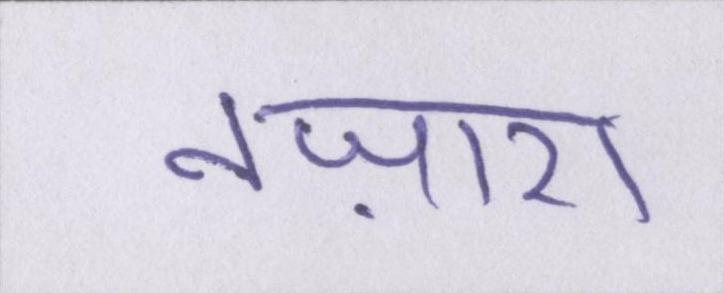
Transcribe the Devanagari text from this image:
नज़ारा